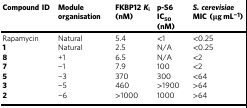
| Compound ID | Module organisation | FKBP12Ki(nM) | p-S6 IC50(nM) | S. cerevisiaeMIC (μg mL−1) |
 | --- | --- | --- | --- | --- |
 | Rapamycin | Natural | 5.4 | <1 | <0.25 |
 | 1 | Natural | 2.5 | N/A | <0.25 |
 | 8 | +1 | 6.5 | N/A | <2 |
 | 7 | −1 | 7.9 | 100 | <2 |
 | 5 | −3 | 370 | 300 | <64 |
 | 3 | −5 | 460 | >1900 | >64 |
 | 2 | −6 | >1000 | 1000 | >64 |